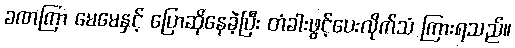
ခဏကြာ မေမေနှင့် ပြောဆိုနေခဲ့ပြီး တံခါးဖွင့်ပေးလိုက်သံ ကြားရသည်။